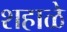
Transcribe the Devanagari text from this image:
शहाळे